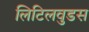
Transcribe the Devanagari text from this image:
लिटिलवुडस